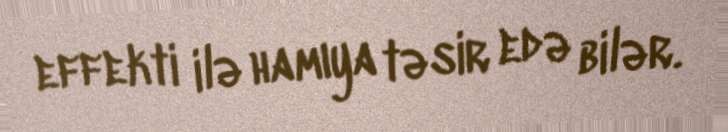
effekti ilə hamıya təsir edə bilər.